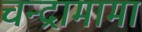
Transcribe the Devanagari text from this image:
चन्द्रामामा